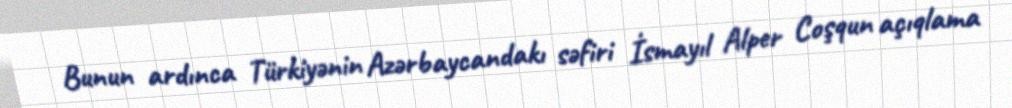
Bunun ardınca Türkiyənin Azərbaycandakı səfiri İsmayıl Alper Coşqun açıqlama